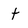
Character: t